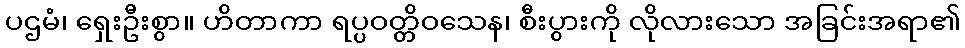
ပဌမံ၊ ရှေးဦးစွာ။ ဟိတာကာ ရပ္ပဝတ္တိဝသေန၊ စီးပွားကို လိုလားသော အခြင်းအရာ၏